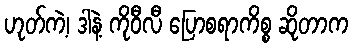
ဟုတ်ကဲ့၊ ဒါနဲ့ ကိုဝီလီ ပြောစရာကိစ္စ ဆိုတာက